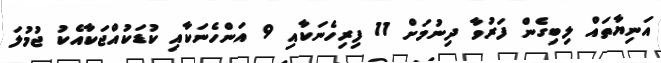
އަނިޔާތައް ލިބިގެން ފަރުވާ ދިނުމަށް 11 ފިރިހެނަކާއި 9 އަންހެނަކާއި ކުޑަކުއްޖަކާއެކު ޖުމުލަ